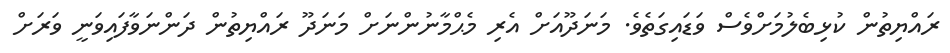
ރައްޔިތުން ކުޅިބެލުމަށްވެސް ވަޑައިގަތެވެ. މަނަދޫއަށް އެރި މެޙްމާނުންނަށް މަނަދޫ ރައްޔިތުން ދަންނަވާފައިވަނީ ވަރަށް